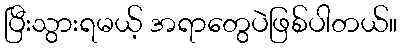
ပြီးသွားရမယ့် အရာတွေပဲဖြစ်ပါတယ်။